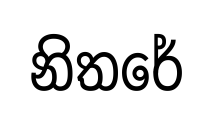
නිතරේ